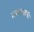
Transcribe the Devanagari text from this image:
तरवट्याची